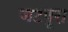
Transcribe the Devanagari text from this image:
जटपूरा